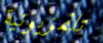
تلفزيونية